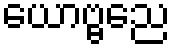
ယောဗ္ဗညေ